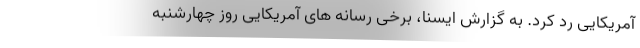
آمریکایی رد کرد. به گزارش ایسنا، برخی رسانه های آمریکایی روز چهارشنبه